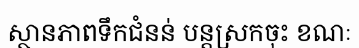
ស្ថានភាពទឹកជំនន់ បន្តស្រកចុះ ខណៈ